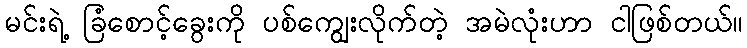
မင်းရဲ့ ခြံစောင့်ခွေးကို ပစ်ကျွေးလိုက်တဲ့ အမဲလုံးဟာ ငါဖြစ်တယ်။